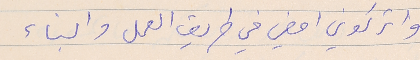
واتركوني امضي في طريق العمل والبناء